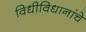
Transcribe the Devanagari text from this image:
विधीविधानांचे